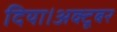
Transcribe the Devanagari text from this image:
दिया।अक्टूबर